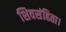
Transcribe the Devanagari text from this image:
शिवसंहिता।